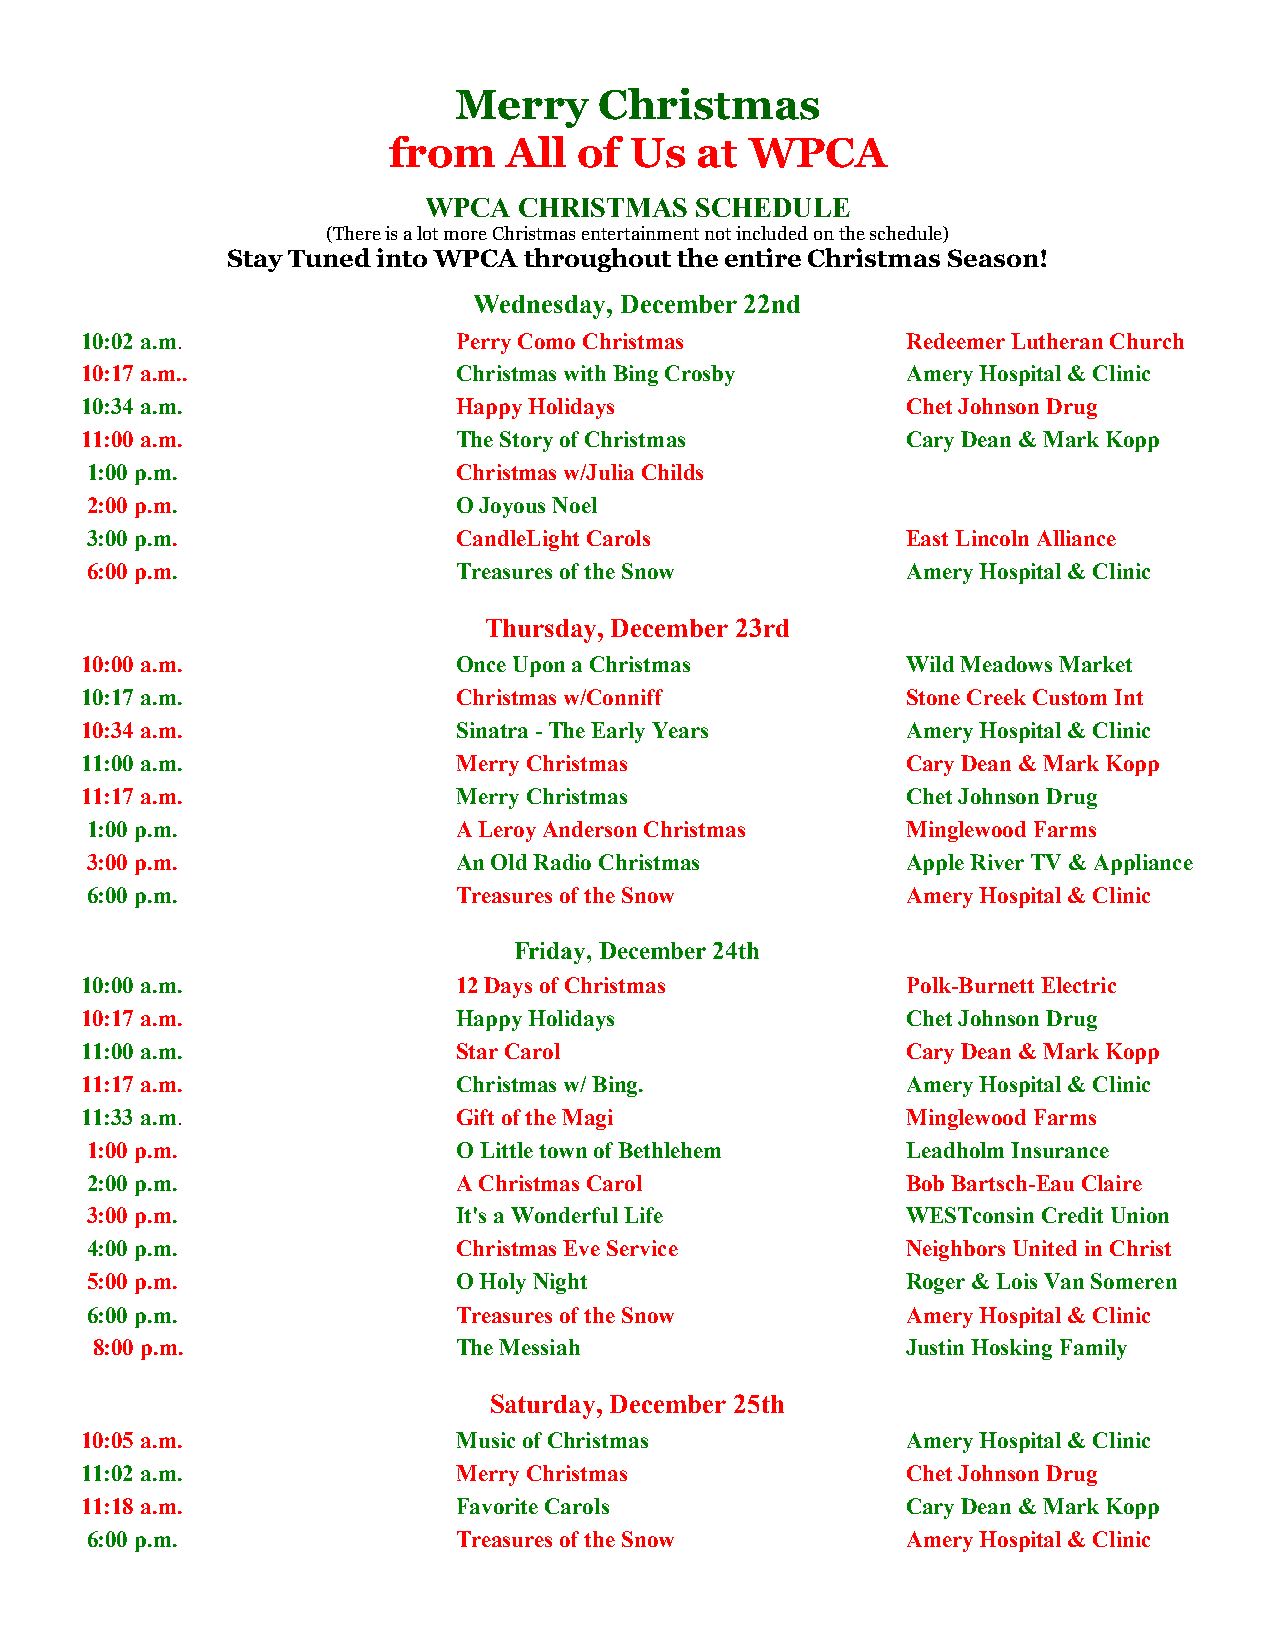
Merry     Christmas
 from    All of  Us  at  WPCA
 WPCA  CHRISTMAS   SCHEDULE
 (There is a lot more Christmas entertainment not included on the schedule)
 Stay Tuned into WPCA throughout the entire Christmas Season!
 Wednesday, December 22nd
 10:02 a.m.               Perry Como Christmas          Redeemer Lutheran Church
 10:17 a.m..              Christmas with Bing Crosby    Amery Hospital & Clinic
 10:34 a.m.               Happy Holidays                Chet Johnson Drug
 11:00 a.m.               The Story of Christmas        Cary Dean & Mark Kopp
 1:00 p.m.               Christmas w/Julia Childs
 2:00 p.m.               O Joyous Noel
 3:00 p.m.               CandleLight Carols            East Lincoln Alliance
 6:00 p.m.               Treasures of the Snow         Amery Hospital & Clinic
 Thursday, December 23rd
 10:00 a.m.               Once Upon a Christmas         Wild Meadows Market
 10:17 a.m.               Christmas w/Conniff           Stone Creek Custom Int
 10:34 a.m.               Sinatra - The Early Years     Amery Hospital & Clinic
 11:00 a.m.               Merry Christmas               Cary Dean & Mark Kopp
 11:17 a.m.               Merry Christmas               Chet Johnson Drug
 1:00 p.m.               A Leroy Anderson Christmas    Minglewood Farms
 3:00 p.m.               An Old Radio Christmas        Apple River TV & Appliance
 6:00 p.m.               Treasures of the Snow         Amery Hospital & Clinic
 Friday, December 24th
 10:00 a.m.               12 Days of Christmas          Polk-Burnett Electric
 10:17 a.m.               Happy Holidays                Chet Johnson Drug
 11:00 a.m.               Star Carol                    Cary Dean & Mark Kopp
 11:17 a.m.               Christmas w/ Bing.            Amery Hospital & Clinic
 11:33 a.m.               Gift of the Magi              Minglewood Farms
 1:00 p.m.               O Little town of Bethlehem    Leadholm Insurance
 2:00 p.m.               A Christmas Carol             Bob Bartsch-Eau Claire
 3:00 p.m.               It's a Wonderful Life         WESTconsin Credit Union
 4:00 p.m.               Christmas Eve Service         Neighbors United in Christ
 5:00 p.m.               O Holy Night                  Roger & Lois Van Someren
 6:00 p.m.               Treasures of the Snow         Amery Hospital & Clinic
 8:00 p.m.               The Messiah                   Justin Hosking Family
 Saturday, December 25th
 10:05 a.m.               Music of Christmas            Amery Hospital & Clinic
 11:02 a.m.               Merry Christmas               Chet Johnson Drug
 11:18 a.m.               Favorite Carols               Cary Dean & Mark Kopp
 6:00 p.m.               Treasures of the Snow         Amery Hospital & Clinic